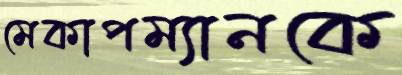
মেকাপম্যানকে